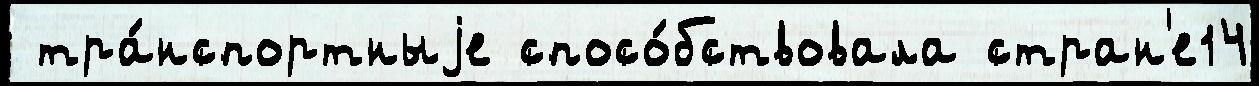
 тра́нспортныjе спосо́бствовала стран'е14